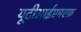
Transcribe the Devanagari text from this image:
यूटीआईएमएफ़